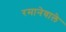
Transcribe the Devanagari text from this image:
रमानेवाले